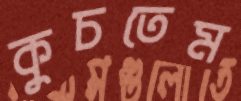
কুচতেম